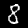
Label: 8